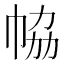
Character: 𢂐